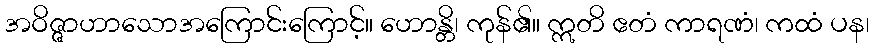
အဝိဇ္ဇာဟာသောအကြောင်းကြောင့်။ ဟောန္တိ၊ ကုန်၏။ ဣတိ ဧတံ ကာရဏံ၊ ကထံ ပန၊